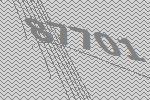
87701